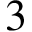
3